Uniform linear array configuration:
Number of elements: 64
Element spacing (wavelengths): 0.75
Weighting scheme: hamming
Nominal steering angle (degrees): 45
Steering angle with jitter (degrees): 44.217
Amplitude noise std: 0.05
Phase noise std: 0.05

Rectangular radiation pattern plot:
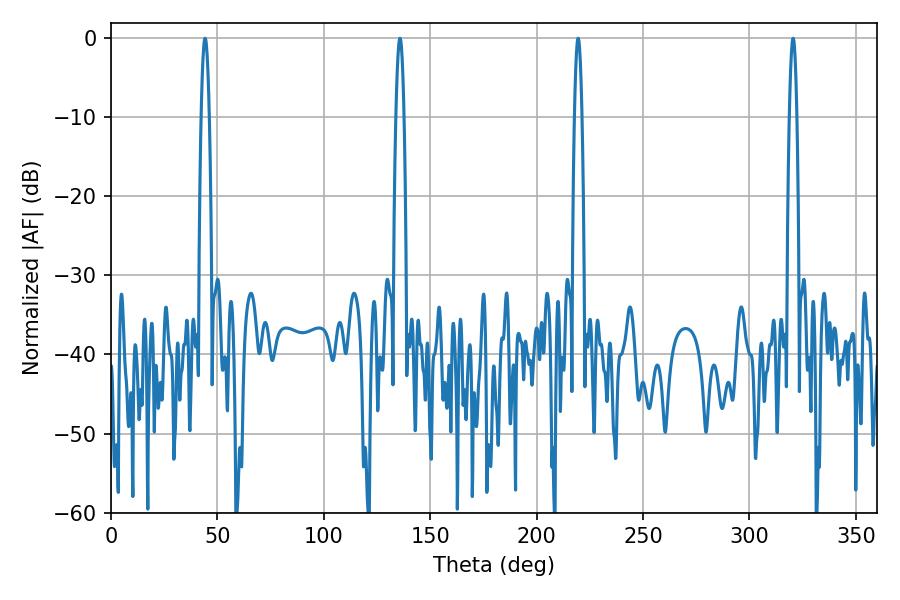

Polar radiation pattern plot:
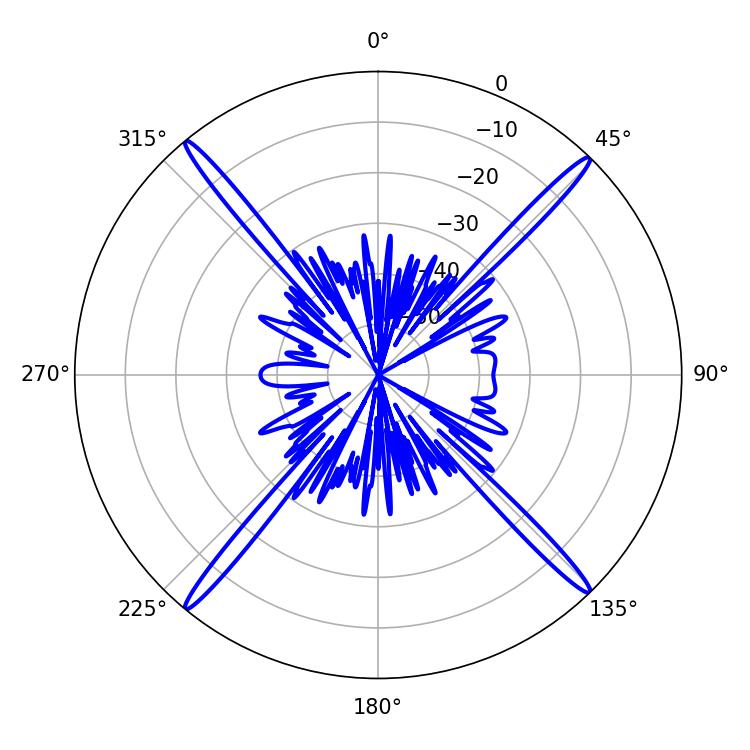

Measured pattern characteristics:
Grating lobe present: TRUE
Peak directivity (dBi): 23.606
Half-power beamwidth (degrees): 1.98
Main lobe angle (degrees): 44.28